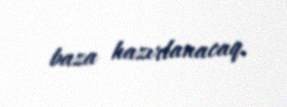
baza hazırlanacaq.